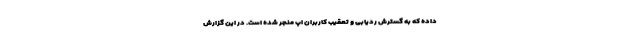
داده که به گسترش ردیابی و تعقیب کاربران اپ منجر شده است. در این گزارش